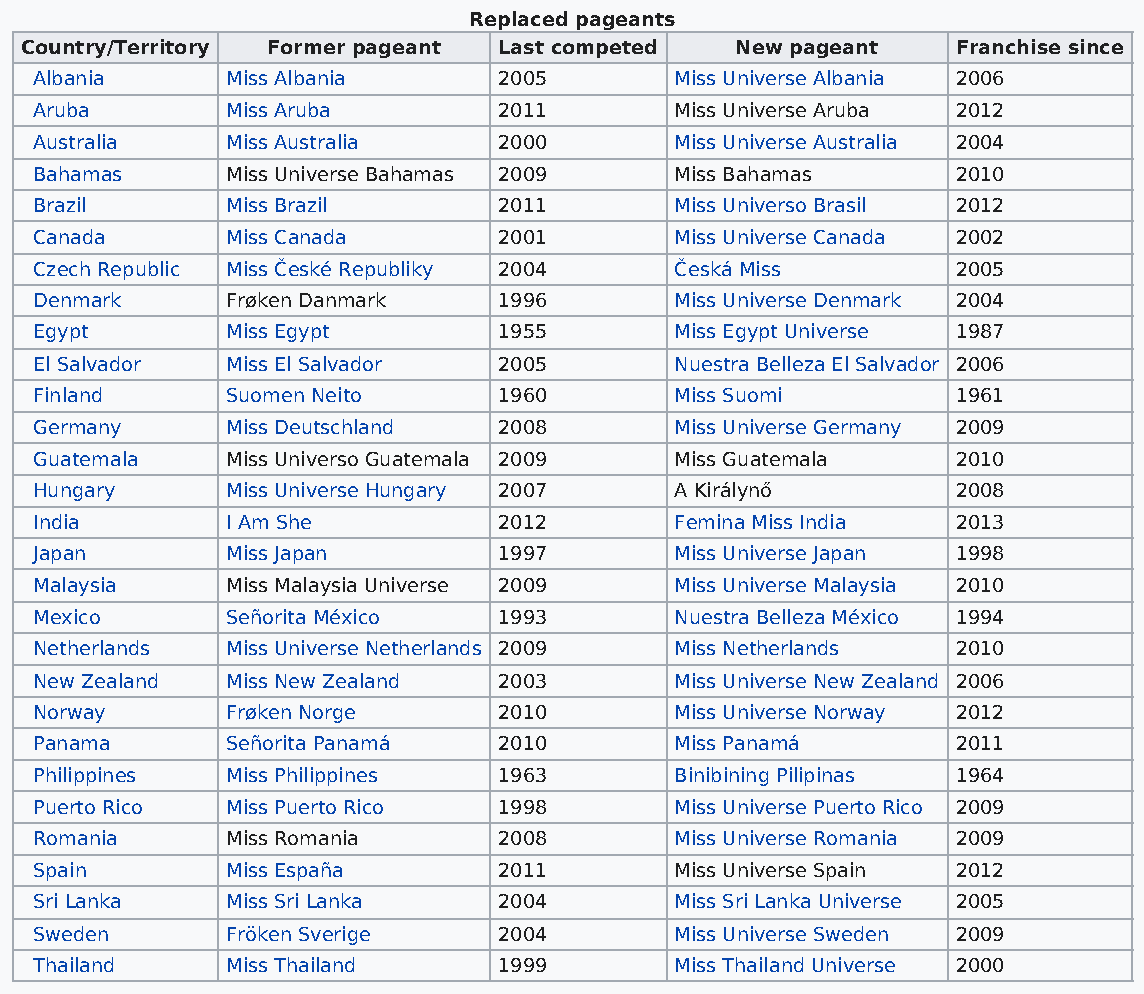
Replaced pageants
 Country/Territory Former pageant Last competed  New pageant   Franchise since
 Albania      Miss Albania      2005        Miss Universe Albania 2006
 Aruba        Miss Aruba        2011        Miss Universe Aruba 2012
 Australia    Miss Australia    2000        Miss Universe Australia 2004
 Bahamas      Miss Universe Bahamas 2009    Miss Bahamas      2010
 Brazil       Miss Brazil       2011        Miss Universo Brasil 2012
 Canada       Miss Canada       2001        Miss Universe Canada 2002
 Czech Republic Miss České Republiky 2004   Česká Miss        2005
 Denmark      Frøken Danmark    1996        Miss Universe Denmark 2004
 Egypt        Miss Egypt        1955        Miss Egypt Universe 1987
 El Salvador  Miss El Salvador  2005        Nuestra Belleza El Salvador 2006
 Finland      Suomen Neito      1960        Miss Suomi        1961
 Germany      Miss Deutschland  2008        Miss Universe Germany 2009
 Guatemala    Miss Universo Guatemala 2009  Miss Guatemala    2010
 Hungary      Miss Universe Hungary 2007    A Királynő        2008
 India        I Am She          2012        Femina Miss India 2013
 Japan        Miss Japan        1997        Miss Universe Japan 1998
 Malaysia     Miss Malaysia Universe 2009   Miss Universe Malaysia 2010
 Mexico       Señorita México   1993        Nuestra Belleza México 1994
 Netherlands  Miss Universe Netherlands 2009 Miss Netherlands 2010
 New Zealand  Miss New Zealand  2003        Miss Universe New Zealand 2006
 Norway       Frøken Norge      2010        Miss Universe Norway 2012
 Panama       Señorita Panamá   2010        Miss Panamá       2011
 Philippines  Miss Philippines  1963        Binibining Pilipinas 1964
 Puerto Rico  Miss Puerto Rico  1998        Miss Universe Puerto Rico 2009
 Romania      Miss Romania      2008        Miss Universe Romania 2009
 Spain        Miss España       2011        Miss Universe Spain 2012
 Sri Lanka    Miss Sri Lanka    2004        Miss Sri Lanka Universe 2005
 Sweden       Fröken Sverige    2004        Miss Universe Sweden 2009
 Thailand     Miss Thailand     1999        Miss Thailand Universe 2000